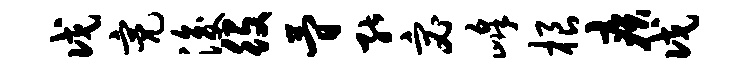
戊亮浚役简能宓峰根疾戊